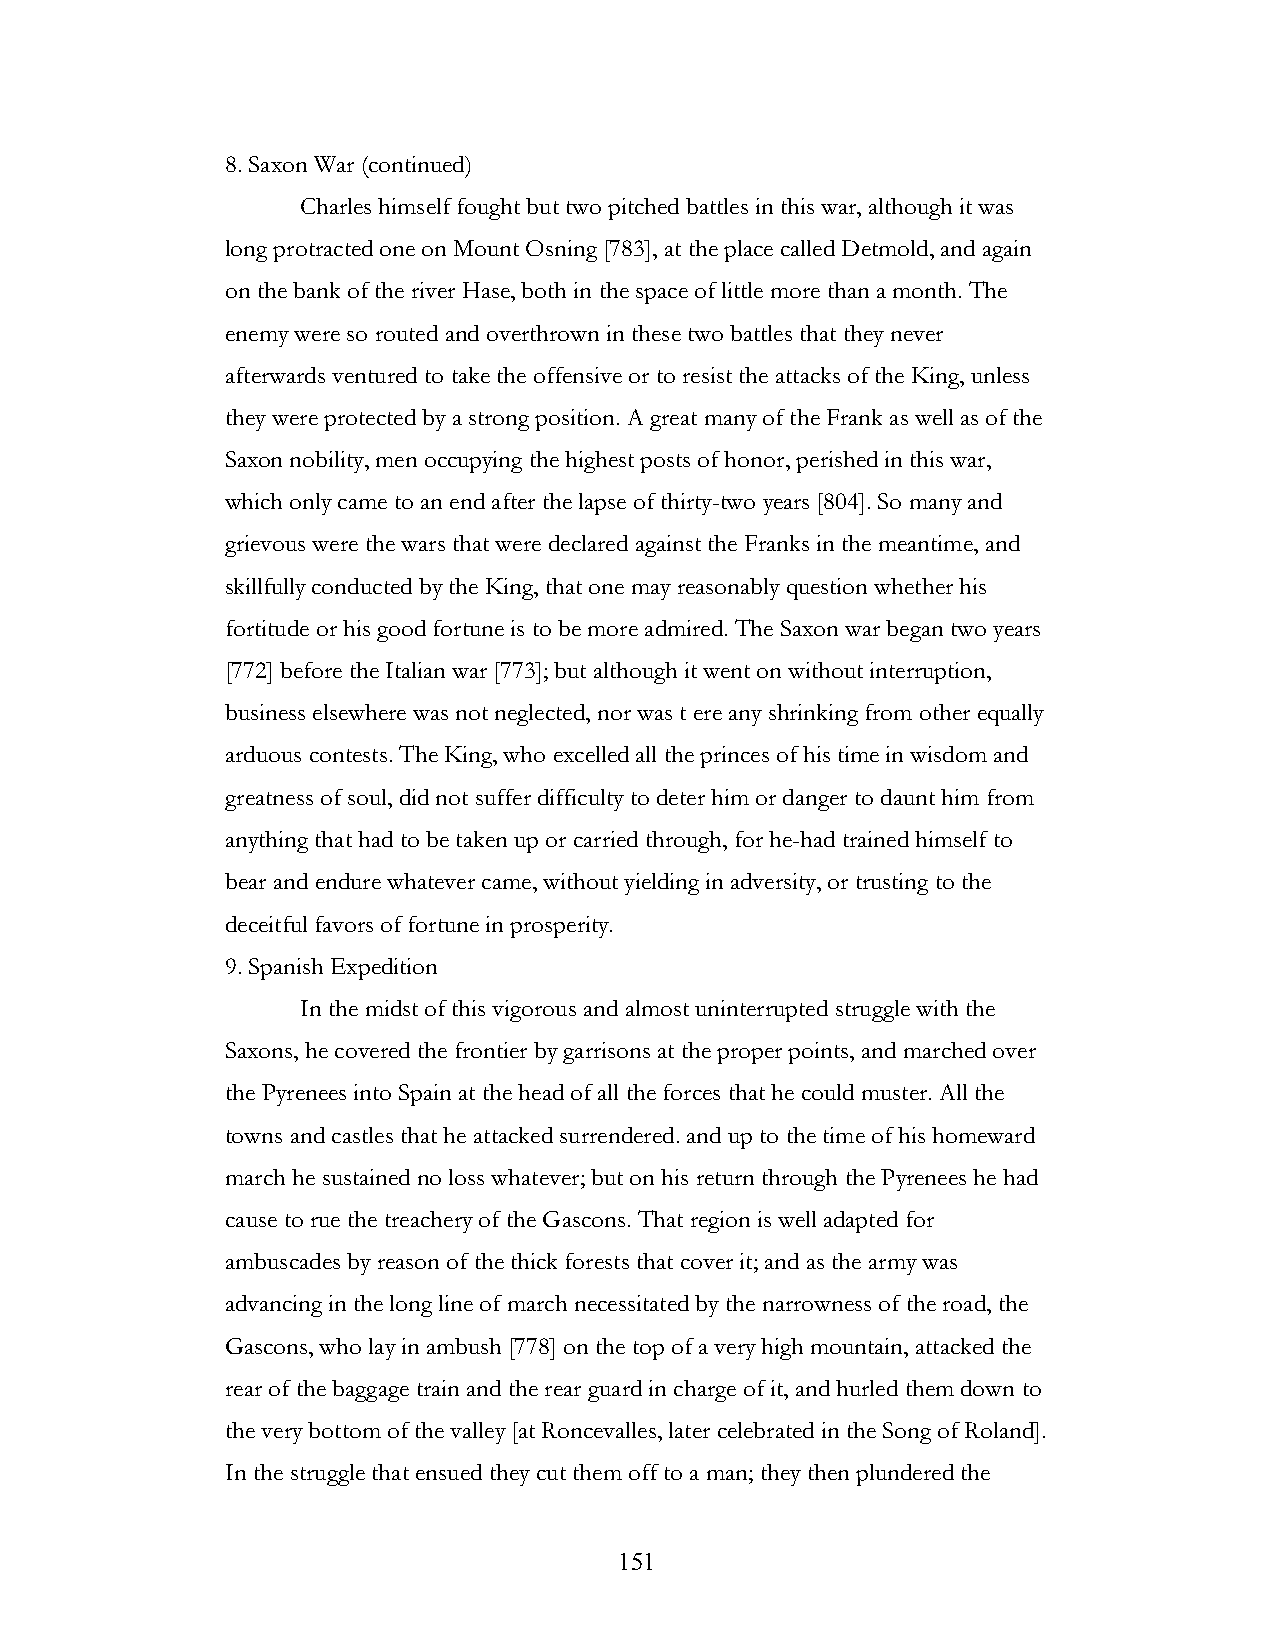
8. Saxon War (continued)
 Charles himself fought but two pitched battles in this war, although it was
 long protracted one on Mount Osning [783], at the place called Detmold, and again
 on the bank of the river Hase, both in the space of little more than a month. The
 enemy were so routed and overthrown in these two battles that they never
 afterwards ventured to take the offensive or to resist the attacks of the King, unless
 they were protected by a strong position. A great many of the Frank as well as of the
 Saxon nobility, men occupying the highest posts of honor, perished in this war,
 which only came to an end after the lapse of thirty-two years [804]. So many and
 grievous were the wars that were declared against the Franks in the meantime, and
 skillfully conducted by the King, that one may reasonably question whether his
 fortitude or his good fortune is to be more admired. The Saxon war began two years
 [772] before the Italian war [773]; but although it went on without interruption,
 business elsewhere was not neglected, nor was t ere any shrinking from other equally
 arduous contests. The King, who excelled all the princes of his time in wisdom and
 greatness of soul, did not suffer difficulty to deter him or danger to daunt him from
 anything that had to be taken up or carried through, for he-had trained himself to
 bear and endure whatever came, without yielding in adversity, or trusting to the
 deceitful favors of fortune in prosperity.
 9. Spanish Expedition
 In the midst of this vigorous and almost uninterrupted struggle with the
 Saxons, he covered the frontier by garrisons at the proper points, and marched over
 the Pyrenees into Spain at the head of all the forces that he could muster. All the
 towns and castles that he attacked surrendered. and up to the time of his homeward
 march he sustained no loss whatever; but on his return through the Pyrenees he had
 cause to rue the treachery of the Gascons. That region is well adapted for
 ambuscades by reason of the thick forests that cover it; and as the army was
 advancing in the long line of march necessitated by the narrowness of the road, the
 Gascons, who lay in ambush [778] on the top of a very high mountain, attacked the
 rear of the baggage train and the rear guard in charge of it, and hurled them down to
 the very bottom of the valley [at Roncevalles, later celebrated in the Song of Roland].
 In the struggle that ensued they cut them off to a man; they then plundered the
 !                         151